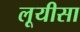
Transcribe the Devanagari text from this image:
लूयीसा